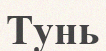
Тунь